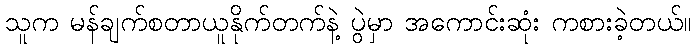
သူက မန်ချက်စတာယူနိုက်တက်နဲ့ ပွဲမှာ အကောင်းဆုံး ကစားခဲ့တယ်။